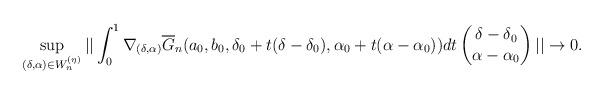
LaTeX: \begin{align*} \sup_{(\delta, \alpha) \in W_n^{(\eta)}} ||\int_0^1 \nabla_{(\delta, \alpha)} \overline{G}_n(a_0, b_0, \delta_0 + t (\delta - \delta_0), \alpha_0 + t(\alpha - \alpha_0)) dt \begin{pmatrix}\delta - \delta_0 \\\alpha - \alpha_0\end{pmatrix}|| \rightarrow 0.\end{align*}